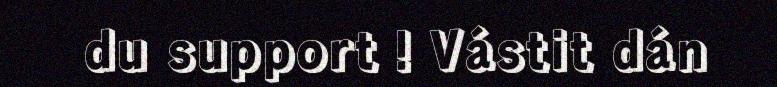
du support ! Vástit dán